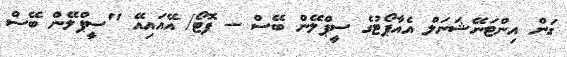
ގަން އިންޓަނޭޝަނަލް އެއާޕޯޓުގެ ސީޕްލޭން ބޭސް -- ފޮޓޯ/ އޭއައިއޭ "ސީޕްލޭން ބޭސް